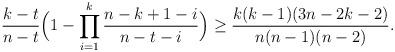
LaTeX: \begin{align*}\frac{k-t}{n-t} \Big(1-\prod_{i=1}^{k}\frac{n-k+1-i}{n-t-i}\Big)\ge \frac{k(k-1)(3n-2k-2)}{n(n-1)(n-2)}.\end{align*}